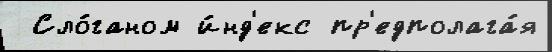
 Сло́ганом и́нд'екс пр'едполага́я